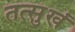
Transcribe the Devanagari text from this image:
तत्सुखं